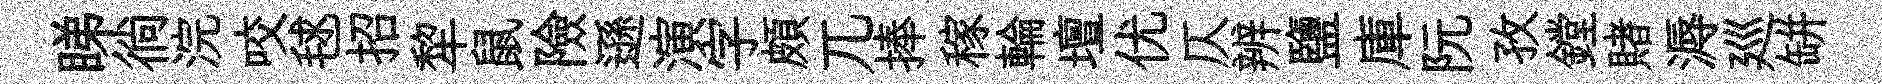
睇徜浣咬毬招犂鼠險遜演字頗兀捧稼輪壇优仄辨鹽庫阮孜鏜賭溽廵缾